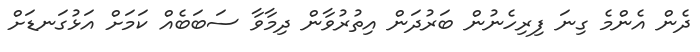
ދެން އެންމެ ގިނަ ފިރިހެނުން ބަރުދަން އިތުރުވާން ދިމާވާ ސަބަބެއް ކަމަށް އަޅުގަނޑަށް